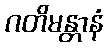
ဂတိမန္တာနံ